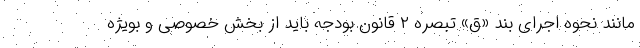
مانند نحوه اجرای بند «ق» تبصره ۲ قانون بودجه باید از بخش خصوصی و بویژه